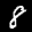
Label: 8